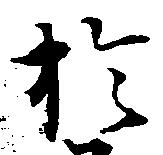
於